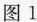
图1